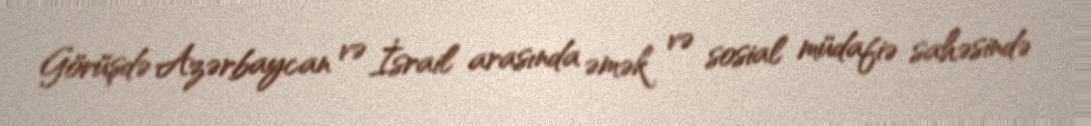
Görüşdə Azərbaycan və İsrail arasında əmək və sosial müdafiə sahəsində